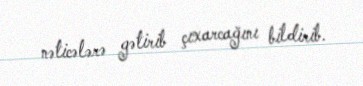
nəticələrə gətirib çıxarcağını bildirib.